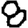
Digit: 8